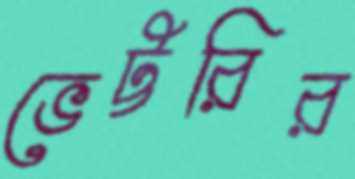
ভেট্টরির